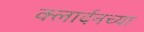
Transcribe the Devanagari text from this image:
क्लार्दनच्या